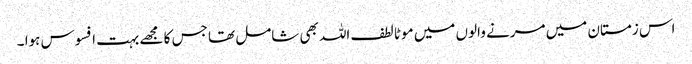
اس زمستان میں مرنے والوں میں موٹا لطف اللہ بھی شامل تھا جس کا مجھے بہت افسوس ہوا ۔